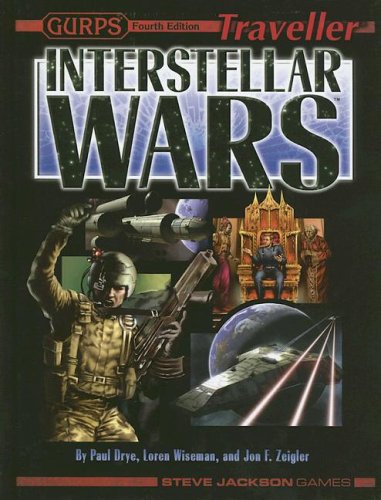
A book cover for Gurps Traveller Interstellar Wars (Gurps Traveller Sci-fi Roleplaying); Paul Drye; Science Fiction & Fantasy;